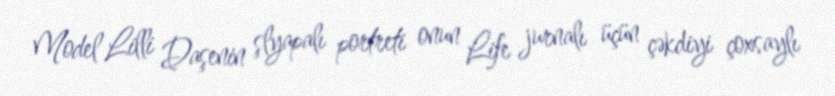
Model Lilli Daşenin şlyapalı portreti onun Life jurnalı üçün çəkdiyi çoxsaylı